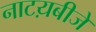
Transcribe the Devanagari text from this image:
नाटय़बीजे